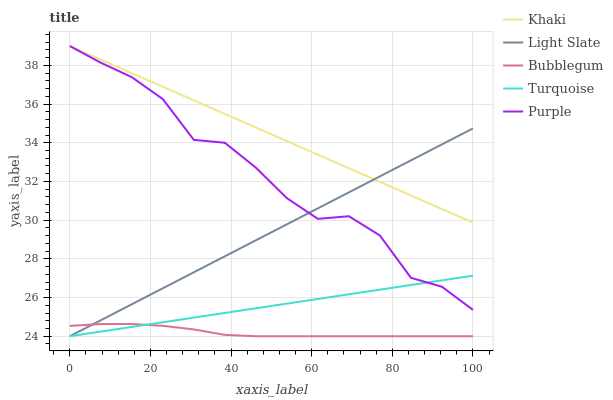
| xaxis_label | Khaki | Light Slate | Bubblegum | Turquoise | Purple |
 | --- | --- | --- | --- | --- | --- |
 | 0 | 39 | 24 | 24.5 | 24 | 39 |
 | 7.69 | 38.3 | 24.8 | 24.6 | 24.2 | 38.1 |
 | 15.4 | 37.6 | 25.7 | 24.6 | 24.5 | 37.4 |
 | 23.1 | 36.9 | 26.5 | 24.5 | 24.7 | 36.3 |
 | 30.8 | 36.2 | 27.3 | 24.4 | 25 | 34.1 |
 | 38.5 | 35.5 | 28.1 | 24.1 | 25.2 | 34 |
 | 46.2 | 34.8 | 29 | 24 | 25.4 | 32.7 |
 | 53.8 | 34.1 | 29.8 | 24 | 25.7 | 31.1 |
 | 61.5 | 33.4 | 30.6 | 24 | 25.9 | 30.1 |
 | 69.2 | 32.7 | 31.4 | 24 | 26.2 | 30.2 |
 | 76.9 | 32 | 32.3 | 24 | 26.4 | 29.2 |
 | 84.6 | 31.3 | 33.1 | 24 | 26.6 | 27 |
 | 92.3 | 30.6 | 33.9 | 24 | 26.9 | 26.6 |
 | 100 | 29.9 | 34.7 | 24 | 27.1 | 25.4 |